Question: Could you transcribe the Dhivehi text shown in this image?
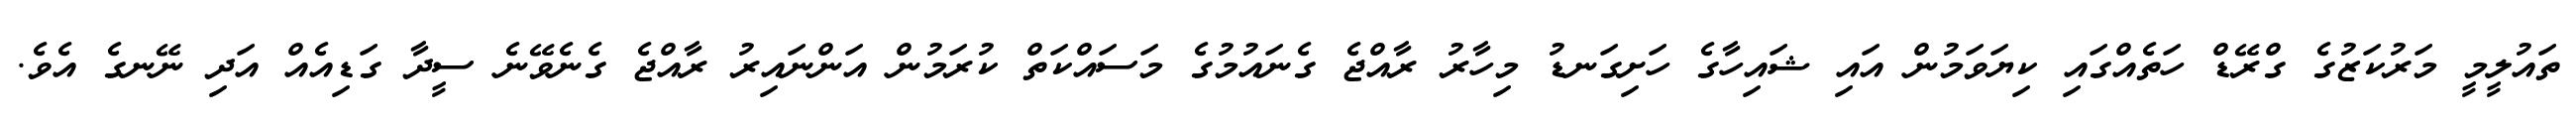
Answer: ތައުލީމީ މަރުކަޒުގެ ގްރޭޑް ހަތެއްގައި ކިޔަވަމުން އައި ޝައިހާގެ ހަށިގަނޑު މިހާރު ރާއްޖެ ގެނައުމުގެ މަސައްކަތް ކުރަމުން އަންނައިރު ރާއްޖެ ގެނެވޭނެ ސީދާ ގަޑިއެއް އަދި ނޭނގެ އެވެ.